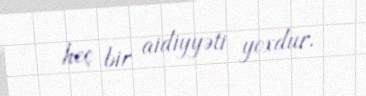
heç bir aidiyyəti yoxdur.